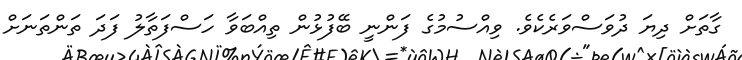
ގާތަށް ދިޔަ ދުވަސްވަރެކެވެ. ވިއްސުމުގެ ފަންނީ ބޭފުޅުން ތިއްބަވާ ހަސްފަތާލު ފަދަ ތަންތަނަށް